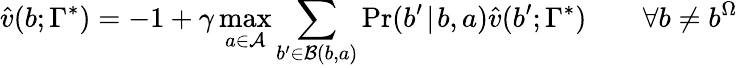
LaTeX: \hat{v}(b;\Gamma^{*})=-1+\gamma\operatorname*{max}_{a\in\mathcal{A}}\sum_{b^{\prime}\in\mathcal{B}(b,a)}\operatorname*{Pr}(b^{\prime}\! \mid\! b,a)\hat{v}(b^{\prime};\Gamma^{*})\qquad\forall b\neq b^{\Omega}